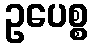
ဥပေစ္စ